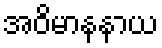
အဝိမာနနာယ